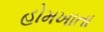
હોમખાતા